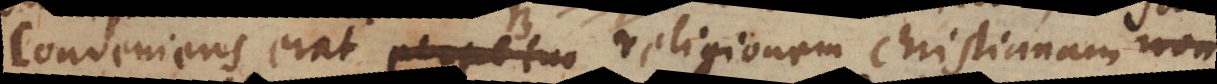
conveniens erat perpetuo religionem christianam sine